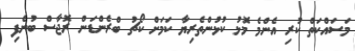
މަސައްކަތް ކުރި އެންމެ މޮޅު ކުޅުންތެރިޔާ ކަމަށް ކޯޗު ބްރެންޑަން ރޮޖާސް ބުނެފި